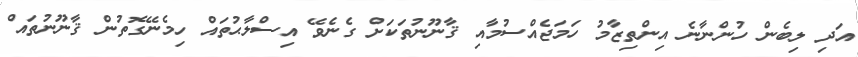
އަދި ލިބެން ހުންނާނެ އިންތިޒާމު ހަމަޖެއްސުމާއި ޤާނޫނުތަކަށް ގެނެވޭ އިސްލާޙުތައް ހިމެނޭގޮތުން ޤާނޫނުތައް